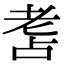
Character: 𦒾